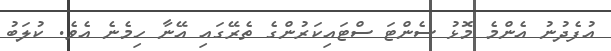
އުފެދުނު އެންމެ މޮޅު ސެންޓަ ސްޓައިކަރުންގެ ތެރޭގައި އޭނާ ހިމެނެ އެވެ. ކުލަބު